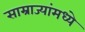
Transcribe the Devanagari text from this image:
साम्राज्यांमध्ये